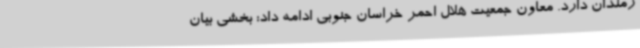
زمندان دارد. معاون جمعیت هلال احمر خراسان جنوبی ادامه داد: بخشی بیان